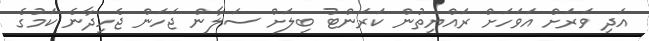
އަދި ވަރަށް އަވަހަށް ރައްޔިތުން ކަރަންޓު ބިލަށް ސަލާން ޖަހަން ޖެހިދާނެ ކަމުގެ